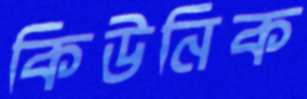
কিউনিক